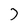
Character: 7